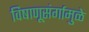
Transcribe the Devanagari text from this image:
विषाणूसंर्गामुळे